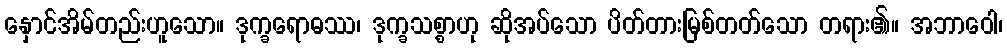
နှောင်အိမ်တည်းဟူသော။ ဒုက္ခရောဓဿ၊ ဒုက္ခသစ္စာဟု ဆိုအပ်သော ပိတ်တားမြစ်တတ်သော တရား၏။ အဘာဝေါ၊